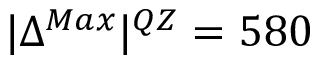
| { \Delta ^ { M a x } } | ^ { Q Z } = 5 8 0